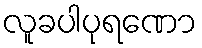
လူခပါပုရဏော